Plague in India, 1896, 1897 - Volume 2
Year: 1896
Disease focus: Plague
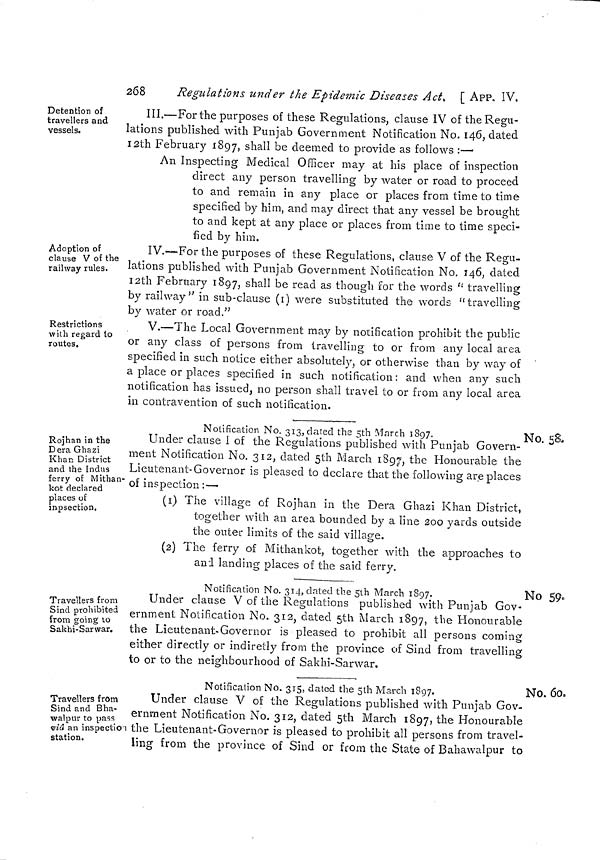
268
Regulations under the Epidemic Diseases Act t [ APP, IV.
Detention of
travellers and
vessels.
III.—For the purposes of these Regulations, clause IV of the Regu-
lations published with Punjab Government Notification No. 146, dated
12th February 1897, shall be deemed to provide as follows :—•
An Inspecting Medical Officer may at his place of inspection
direct any person travelling by water or road to proceed
to and remain in any place or places from time to time
specified by him, and may direct that any vessel be brought
to and kept at any place or places from time to time speci-
fied by him.
Adoption of
clause V of the
railway rules.
IV.—For the purposes of these Regulations, clause V of the Regu-
lations published with Punjab Government Notification No. 146, dated
12th February 1897, shall be read as though for the words " travelling
by railway" in sub-clause (1) were substituted the words "travelling
by water or road."
Restrictions
with regard to
routes.
V.—The Local Government may by notification prohibit the public
or any class of persons from travelling to or from any local area
specified in such notice either absolutely, or otherwise than by way of
a place or places specified in such notification: and when any such
notification has issued, no person shall travel to or from any local area
in contravention of such notification.
Notification No. 313, elated the 5th March 1897.
Rojhan in the
D era Ghazi
Khan District
and the Indus
ferry of Mithan-
kot declared
places of
inpsection.
No. 58.
Under clause I of the Regulations published with Punjab Govern-
ment Notification No. 312, dated 5th March 1897, th e Honourable the
Lieutenant-Governor is pleased to declare that the following are places
of inspection:—
(1) The village of Rojhan in the Dera Ghazi Khan District,
together with an area bounded by a line 200 yards outside
the outer limits of the said village.
O
(2) The ferry of Mithankot, together with the approaches to
and landing places of the said ferry.
Notification No. 314, elated the 5th March 1897.
Travellers from
Sind prohibited
from going to
Sakhi-Sarwar.
No 59.
Under clause V or the Regulations published with Punjab Gov-
ernment Notification No. 312, dated 5th March 1897, the Honourable
the Lieutenant-Governor is pleased to prohibit all persons coining
either directly or indiretly from the province of Sind from travelling
to or to the neighbourhood of Sakhi-Sarwar.
Notification No. 315, dated the 5lth March 1897.
Travellers from
Sind and Bha-
walpur to pass
vid an inspection
station.
No. 60,
Under clause V of the Regulations published with Punjab Gov-
ernment Notification No. 312, dated 5th March 1897, the Honourable
the Lieutenant-Governor is pleased to prohibit all persons from travel-
ling from the province of Sind or from the State of Bahawalpur to